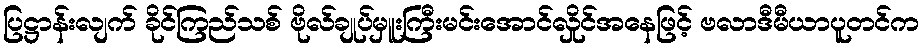
ပြဋ္ဌာန်းလျက် ခိုင်ကြည်သစ် ဗိုလ်ချုပ်မှူးကြီးမင်းအောင်လှိုင်အနေဖြင့် ဗလာဒီမီယာပူတင်က